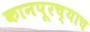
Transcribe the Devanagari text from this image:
कानपूरच्याच